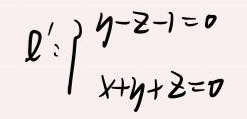
\begin{align*}
\rho': \begin{cases}
y - z - 1 = 0 \\
x + y + z = 0
\end{cases}
\end{align*}